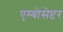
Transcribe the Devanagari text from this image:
एम्बोसेप्टर